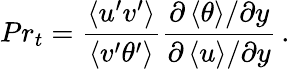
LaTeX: Pr_{t}=\frac{\left<u^{\prime}v^{\prime}\right>}{\left<v^{\prime}\theta^{\prime}\right>}\frac{{\partial\left<\theta\right>}/{\partial y}}{{\partial\left<u\right>}/{\partial y}}\, .